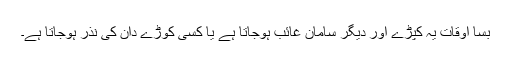
بسا اوقات یہ کپڑے اور دیگر سامان غائب ہوجاتا ہے یا کسی کوڑے دان کی نذر ہوجاتا ہے۔